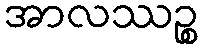
အာလဿဉ္စ